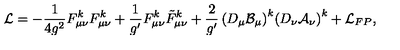
{ \cal L } = - \frac { 1 } { 4 g ^ { 2 } } F _ { \mu \nu } ^ { k } F _ { \mu \nu } ^ { k } + \frac { 1 } { g ^ { \prime } } F _ { \mu \nu } ^ { k } \tilde { F } _ { \mu \nu } ^ { k } + \frac { 2 } { g ^ { \prime } } \left( D _ { \mu } \cal { B } _ { \mu } \right) ^ { k } \! \left( D _ { \nu } \cal { A } _ { \nu } \right) ^ { k } + { \cal L } _ { F P } ,